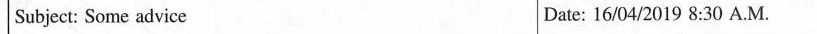
Subject: Some advice Date: 16/04/2019 8:30 A.M.